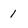
Character: 1